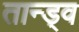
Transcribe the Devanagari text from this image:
तान्ड्व